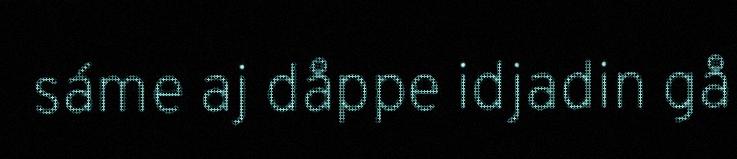
sáme aj dåppe idjadin gå